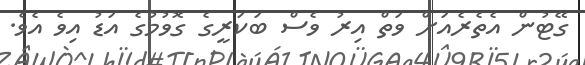
ގޭޓުން އެތެރެއަށް ވަތް އިރު ވެސް ބަކަރީގެ ގޮވުމުގެ އަޑު އިވެ އެވެ.